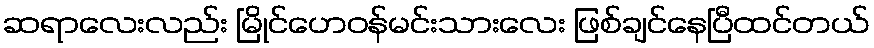
ဆရာလေးလည်း မြိုင်ဟေဝန်မင်းသားလေး ဖြစ်ချင်နေပြီထင်တယ်